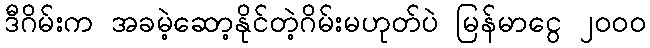
ဒီဂိမ်းက အခမဲ့ဆော့နိုင်တဲ့ဂိမ်းမဟုတ်ပဲ မြန်မာငွေ ၂၀၀၀